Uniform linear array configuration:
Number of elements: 8
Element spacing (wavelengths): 0.75
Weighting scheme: kaiser
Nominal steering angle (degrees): -15
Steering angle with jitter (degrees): -13.885
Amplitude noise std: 0.05
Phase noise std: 0.05

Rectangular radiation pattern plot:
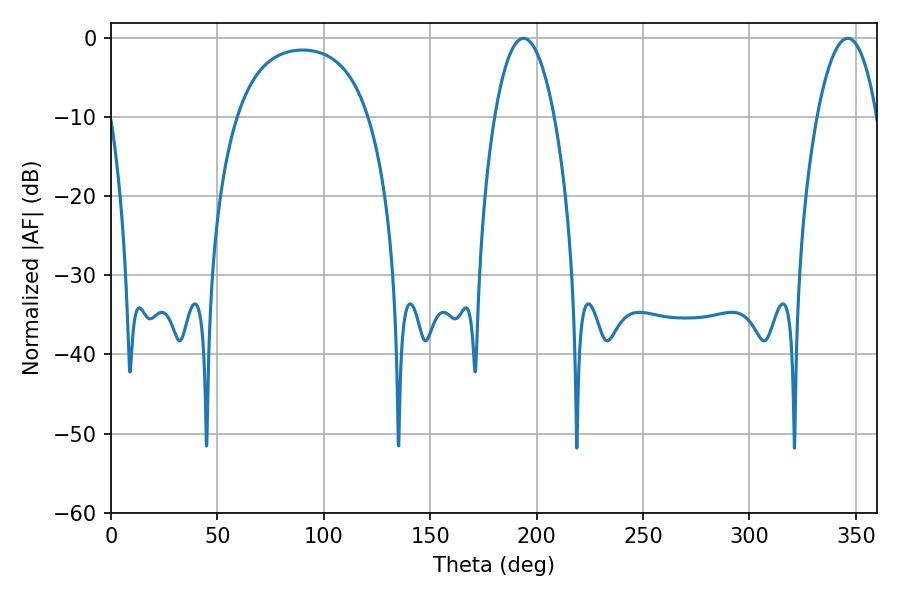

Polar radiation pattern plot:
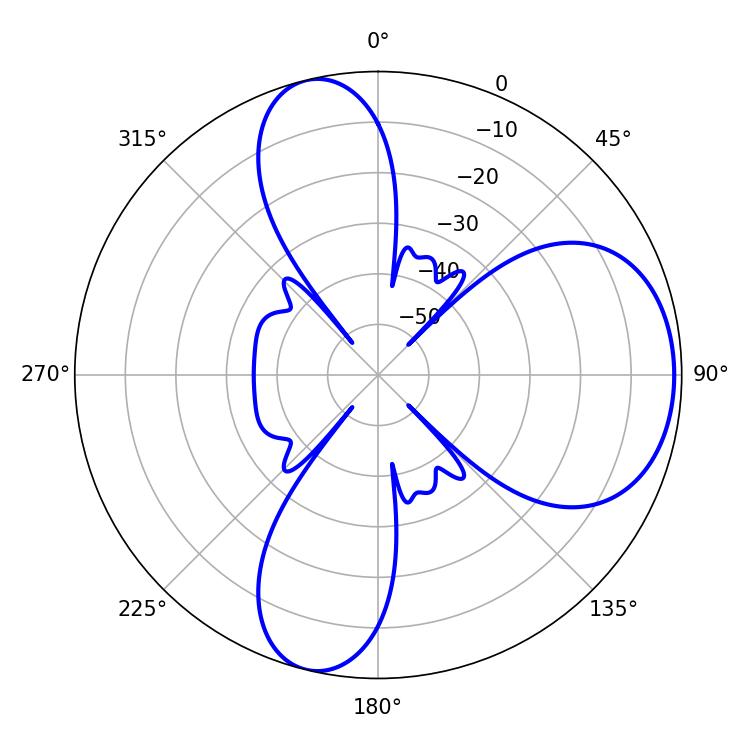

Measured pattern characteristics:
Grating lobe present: TRUE
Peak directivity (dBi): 7.396
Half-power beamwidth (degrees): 15.66
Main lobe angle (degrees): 193.86